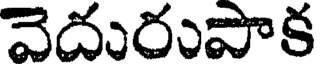
వెదురుపాక